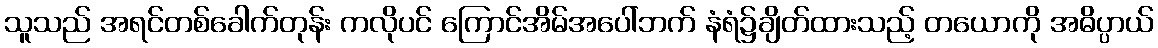
သူသည် အရင်တစ်ခေါက်တုန်း ကလိုပင် ကြောင်အိမ်အပေါ်ဘက် နံရံ၌ချိတ်ထားသည့် တယောကို အဓိပ္ပာယ်